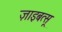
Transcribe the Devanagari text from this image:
ज़ाइबत्सू